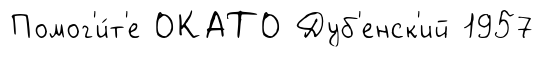
Помог'и́т'е ОКАТО Дуб'енск'ий 1957